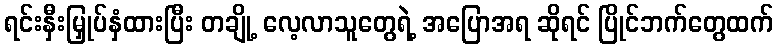
ရင်းနှီးမြှုပ်နှံထားပြီး တချို့ လေ့လာသူတွေရဲ့ အပြောအရ ဆိုရင် ပြိုင်ဘက်တွေထက်